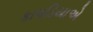
કાપડિયાએ